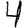
Digit: 4